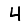
Digit: 4